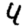
Digit: 4